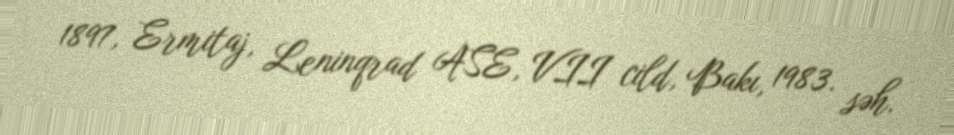
1897, Ermitaj, Leninqrad ASE, VII cild, Bakı, 1983. səh.